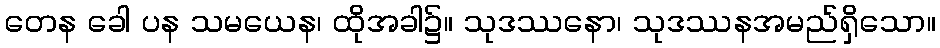
တေန ခေါ ပန သမယေန၊ ထိုအခါ၌။ သုဒဿနော၊ သုဒဿနအမည်ရှိသော။